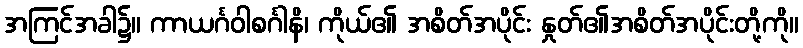
အကြင်အခါ၌။ ကာယင်္ဂဝါစင်္ဂါနိ၊ ကိုယ်၏ အစိတ်အပိုင်း နှုတ်၏အစိတ်အပိုင်းတို့ကို။